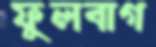
ফুলবাগ